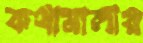
কথামালায়